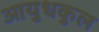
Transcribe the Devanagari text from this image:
आयुधकुल